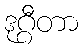
ဒုဂ္ဂီတာ